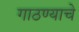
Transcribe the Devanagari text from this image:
गाठण्याचे